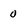
Character: 0